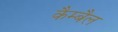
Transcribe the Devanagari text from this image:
कैम्बैल